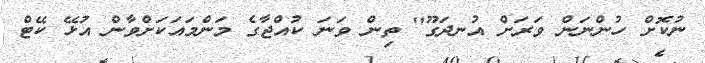
ނުކޮށް ހުންނަން ވަރަށް އުނދަގޫ" ތިން ވަނަ ކުއްޖާގެ މަންމައަކަށްވާން އުޅޭ ކޭޓް